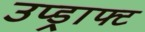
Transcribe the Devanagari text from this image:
उप्ड्राफ्ट